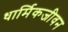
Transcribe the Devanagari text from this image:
धार्मिकजीवन